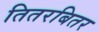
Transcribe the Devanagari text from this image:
तितरबितर